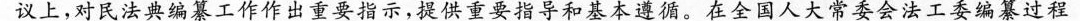
议上，对民法典编纂工作作出重要指示，提供重要指导和基本遵循。在全国人大常委会法工委编纂过程